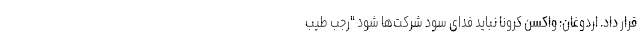
قرار داد. اردوغان: واکسن کرونا نباید فدای سود شرکت‌ها شود "رجب طیب